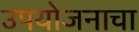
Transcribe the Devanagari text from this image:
उपयोजनाचा